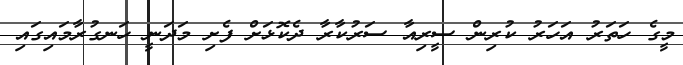
މީގެ ހަތަރު އަހަރު ކުރިން ސީރިއާ ސަރުކާރާ ދެކޮޅަށް ފެށި މަދަނީ ހަނގުރާމައިގައި